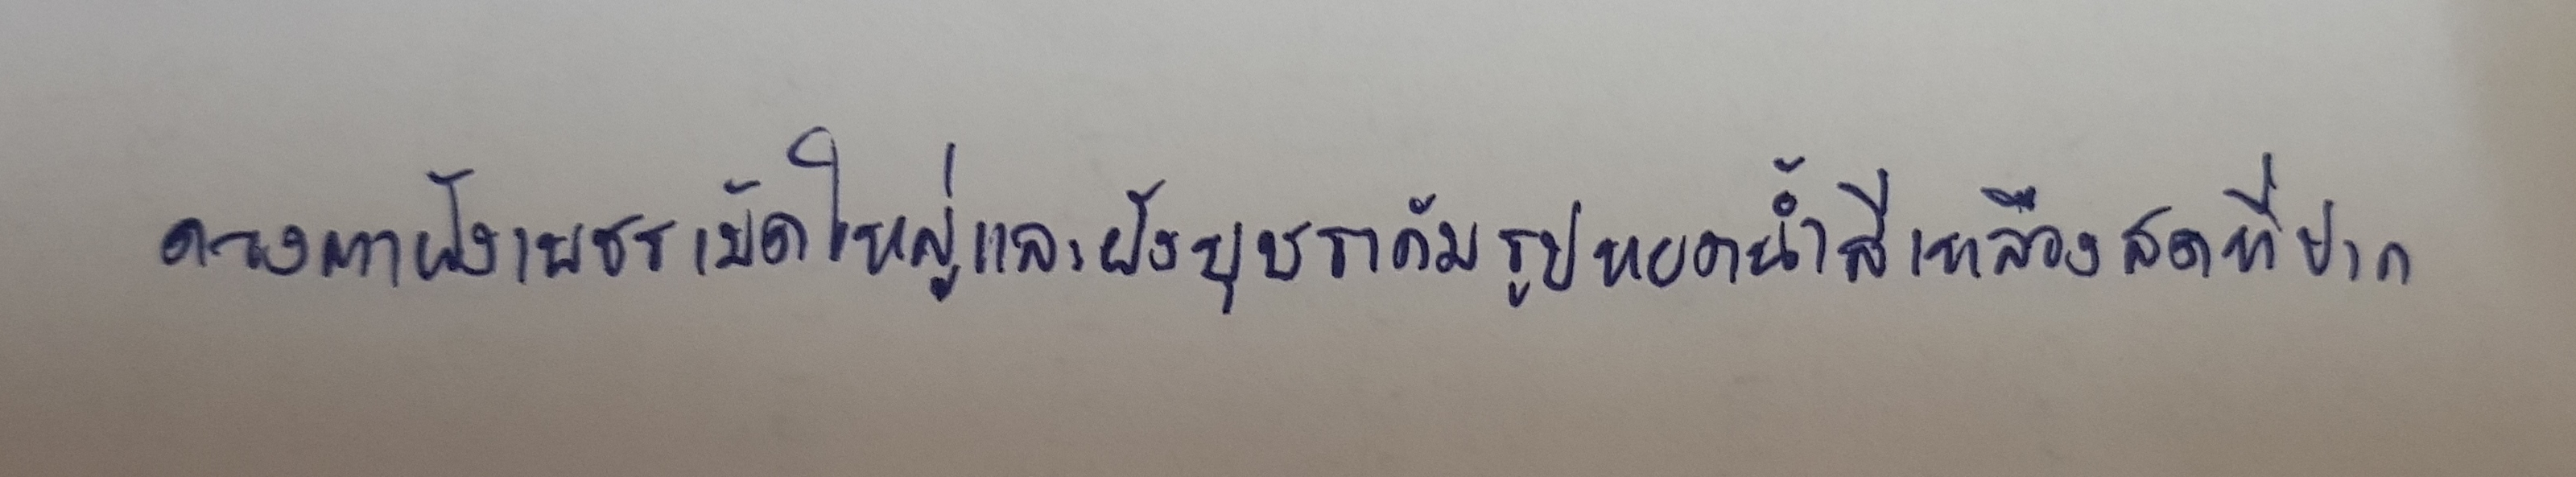
ดวงตาฝังเพชรเม็ดใหญ่และฝังบุษราคัมรูปหยดน้ำสีเหลืองสดที่ปาก